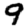
Digit: 9